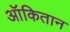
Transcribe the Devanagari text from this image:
ऑकितान